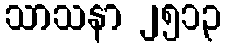
သာသနာ ၂၅၁၃